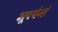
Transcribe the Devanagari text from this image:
भूपर्यन्तं